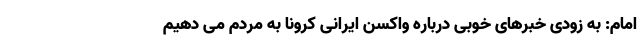
امام: به زودی خبرهای خوبی درباره واکسن ایرانی کرونا به مردم می دهیم